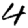
Digit: 4